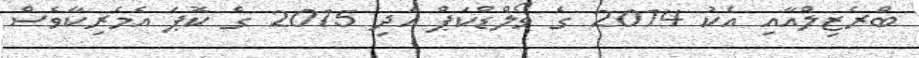
ބްރެޒިލްއާއި އެކު 2014 ގެ ވޯލްޑްކަޕް އަދި 2015 ގެ ކޮޕަ އެމެރިކާވެސް